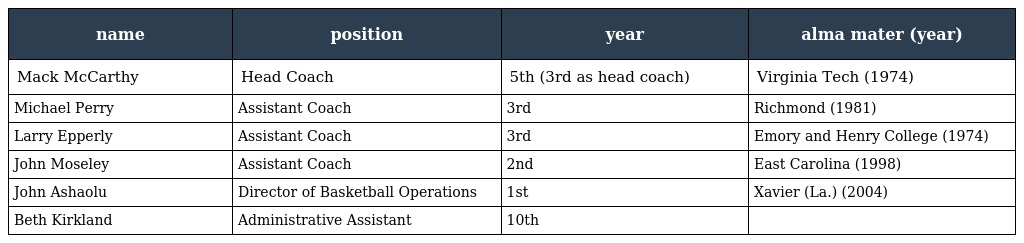
| name | position | year | alma mater (year) |
 | --- | --- | --- | --- |
 | Mack McCarthy | Head Coach | 5th (3rd as head coach) | Virginia Tech (1974) |
 | Michael Perry | Assistant Coach | 3rd | Richmond (1981) |
 | Larry Epperly | Assistant Coach | 3rd | Emory and Henry College (1974) |
 | John Moseley | Assistant Coach | 2nd | East Carolina (1998) |
 | John Ashaolu | Director of Basketball Operations | 1st | Xavier (La.) (2004) |
 | Beth Kirkland | Administrative Assistant | 10th |  |